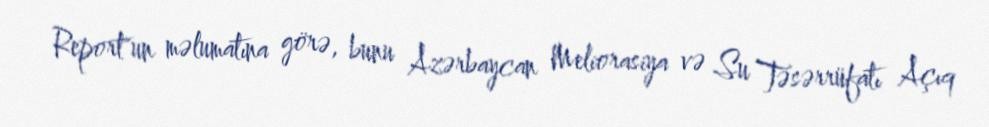
Report"un məlumatına görə, bunu Azərbaycan Meliorasiya və Su Təsərrüfatı Açıq